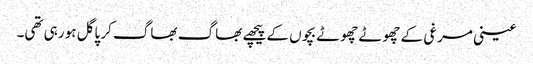
عینی مرغی کے چھوٹے چھوٹے بچوں کے پیچھے بھاگ بھاگ کر پاگل ہو رہی تھی۔